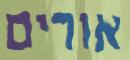
אורים